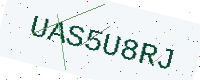
Text: UAS5U8RJ